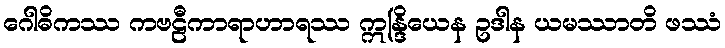
ဂေါဓိကဿ ကဗဠီကာရာဟာရဿ ဣန္ဒြိယေန ဥဒါန ယမဿာတိ ဖဿံ